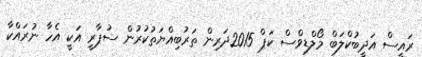
ރައީސް އަދީބުކްލަބް މޯލްޑިވްސް ކަޕް 2015ދަރިން ތަރުބިއްޔަތުކުރުން ސުޕާރީ އަކީ އެހާ ނުރައްކާ